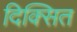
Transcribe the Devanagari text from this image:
दिक्सित